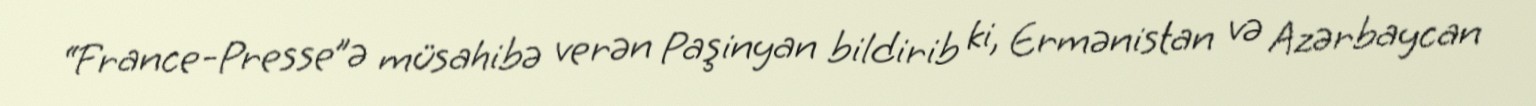
“France-Presse”ə müsahibə verən Paşinyan bildirib ki, Ermənistan və Azərbaycan